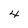
Character: 4